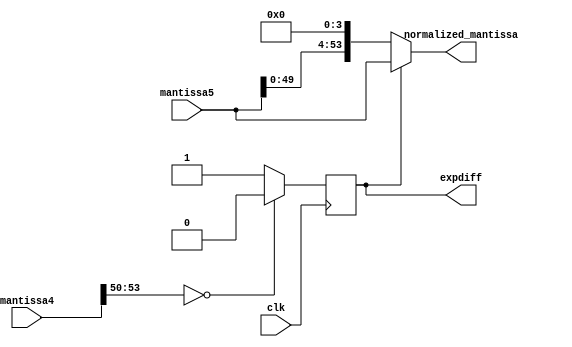
module hrfp_mult_normalize
  (output reg expdiff,
   output reg [53:0] normalized_mantissa,
   input wire 	     clk,
   input wire [53:0] mantissa4, mantissa5);
   

   parameter EARLY_EXPDIFF = 1;
   parameter EARLY_NORMALIZE = 0;
   

   generate
      // IDEA: In case of emergency: Can check only one bit of expdiff
      // here and the remaining bits beforehand!
      if(EARLY_EXPDIFF) begin : CHECK_EXPDIFF_EARLY
	 always @(posedge clk) begin
	    expdiff <= 1;
	    if(!mantissa4[53:50]) begin
	       expdiff <= 0;
	    end
	 end
      end else begin : CHECK_EXPDIFF_LATE
	 always @* begin
	    expdiff = 1;
	    if(!mantissa5[53:50]) begin
	       expdiff = 0;
	    end
	 end
      end
   endgenerate
   
	 
   generate // Needed for non parallell rounding
      if(EARLY_NORMALIZE) begin : CHECK_NORMALIZATION_EARLY
	 always @(posedge clk) begin
            normalized_mantissa <= mantissa4[53:0];
            if(!mantissa4[53:50]) begin
    	       normalized_mantissa <= {mantissa4[49:0], 4'b0000};
            end
	 end
      end else begin : CHECK_NORMALIZATION_LATE
	 always @* begin
            normalized_mantissa = mantissa5[53:0];
            if(!expdiff) begin
    	       normalized_mantissa = {mantissa5[49:0], 4'b0000};
            end
	 end
      end
   endgenerate

   
endmodule